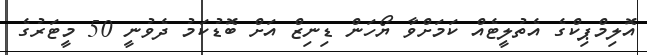
އޮލިމްޕިކްގެ އެތުލީޓެއް ކަމަށްވާ ޔޯހަން ޑިނިޒް އަށް ބޮޑުކަމު ދެވުނީ 50 މީޓަރުގެ